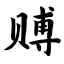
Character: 赙